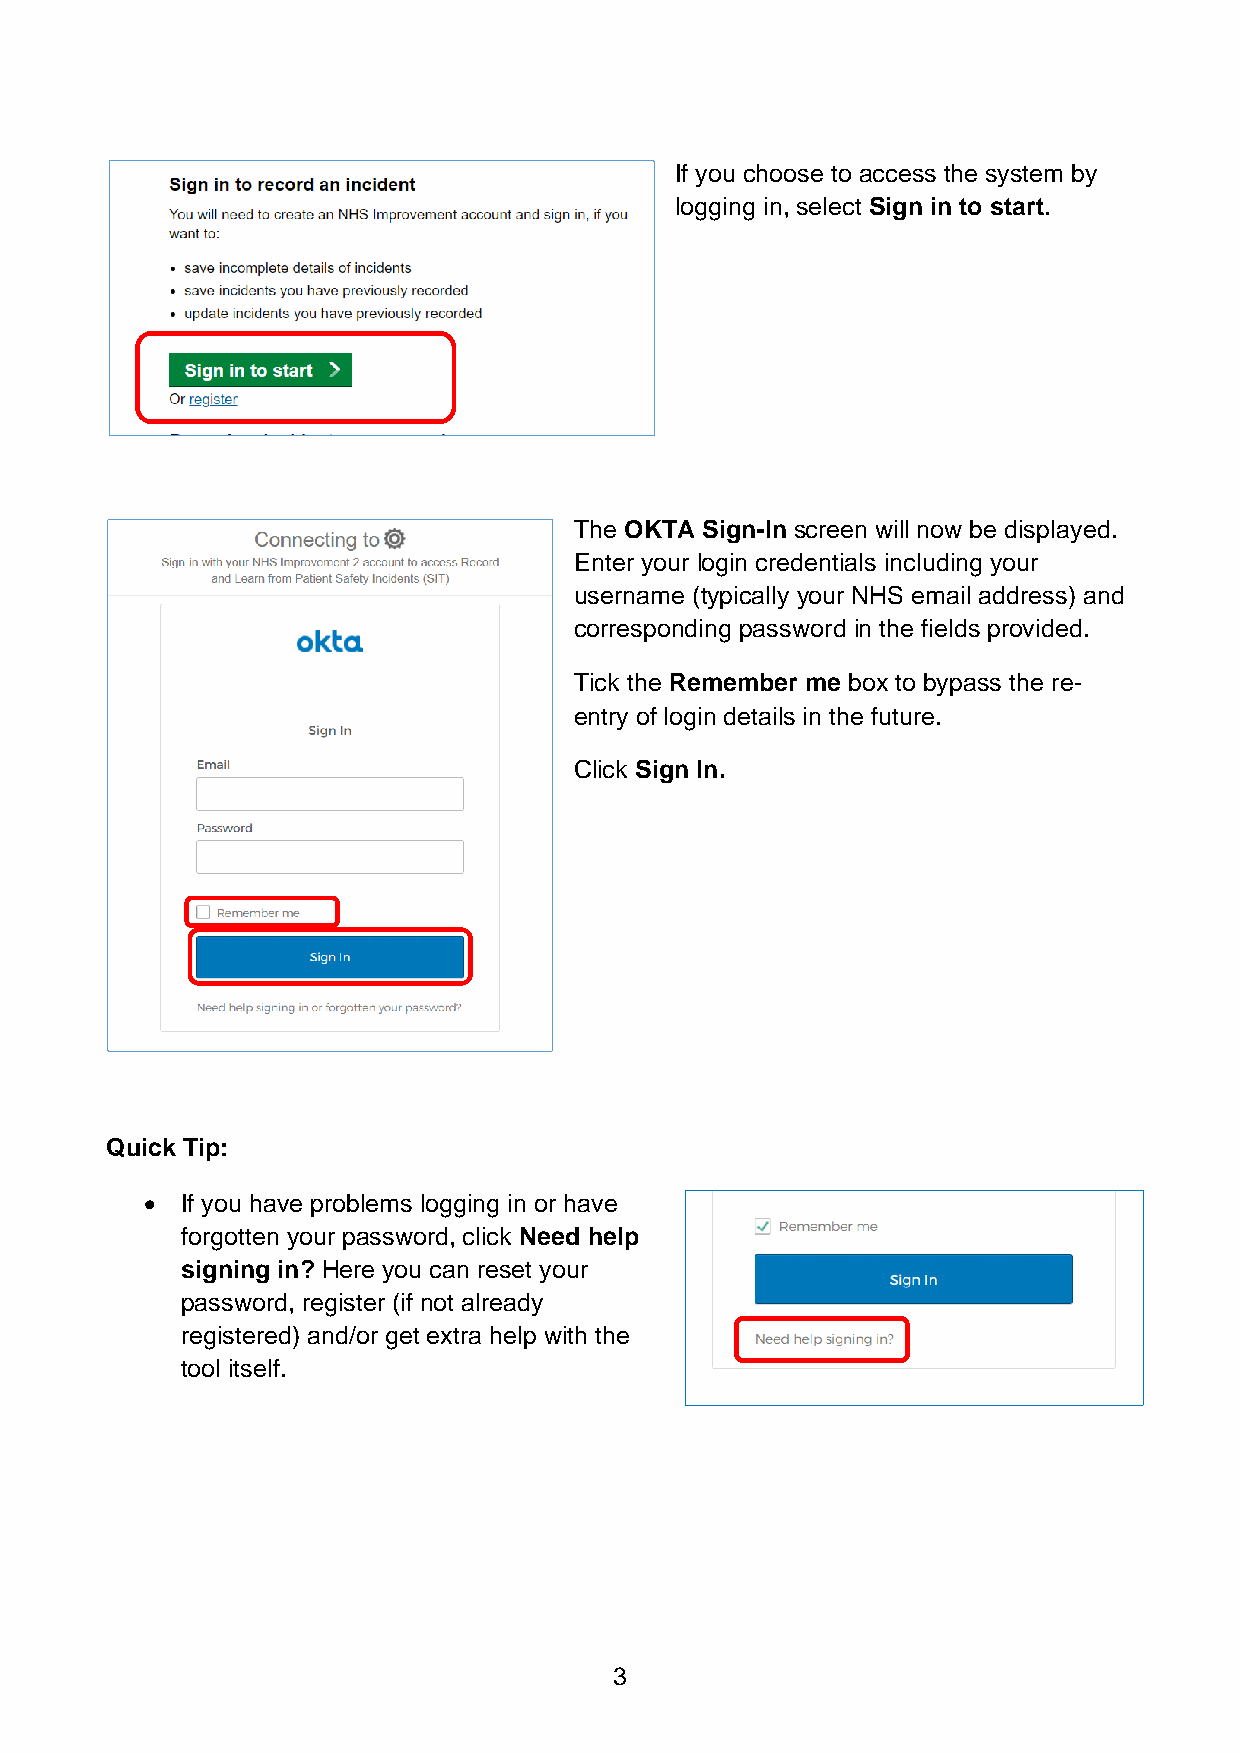
If you choose to access the system by
 logging in, select Sign in to start.
 The OKTA Sign-In screen will now be displayed.
 Enter your login credentials including your
 username (typically your NHS email address) and
 corresponding password in the fields provided.
 Tick the Remember me box to bypass the re-
 entry of login details in the future.
 Click Sign In.
 Quick Tip:
 • If you have problems logging in or have
 forgotten your password, click Need help
 signing in? Here you can reset your
 password, register (if not already
 registered) and/or get extra help with the
 tool itself.
 3